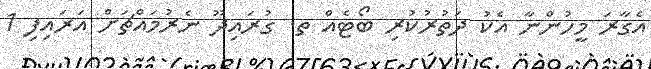
އެގާރަ މީހުންނާ އެކު ދަތުރުކުރި ބޯޓެއް ތ. ގުރައިދޫ ނެރުމައްޗަށް އަރައިފި 1